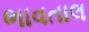
ભાવતાલ